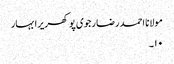
مولانا احمد رضا رجوی پوکھریرا بہار
۱۰۔